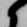
候